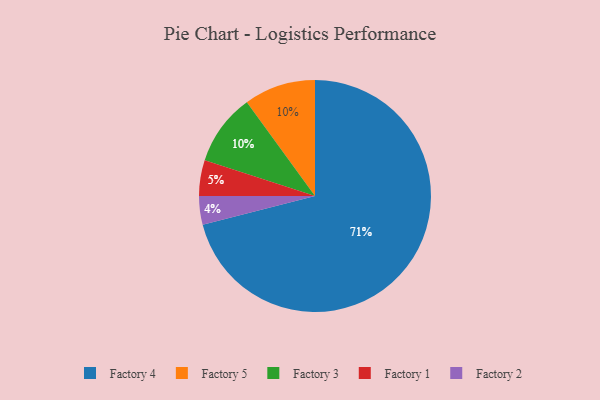
{"axis": {"x": "Category", "y": "Percentage"}, "legend": ["Factory 1", "Factory 2", "Factory 3", "Factory 4", "Factory 5"], "data": [{"x": "Factory 4", "y": 71, "type": "Factory 4"}, {"x": "Factory 5", "y": 10, "type": "Factory 5"}, {"x": "Factory 1", "y": 5, "type": "Factory 1"}, {"x": "Factory 2", "y": 4, "type": "Factory 2"}, {"x": "Factory 3", "y": 10, "type": "Factory 3"}]}